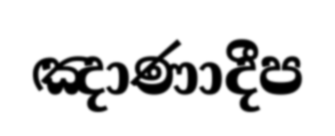
ඤාණාදීප